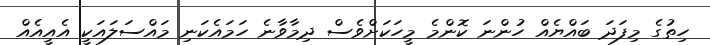
ހިތުގެ މިފަދަ ބައްޔެއް ހުންނަ ކޮންމެ މީހަކަށްވެސް ދިމާވާނެ ހަމައެކަނި މައްސަލައަކީ އެއީއެއް